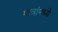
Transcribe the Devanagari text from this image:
मात्रांमध्ये